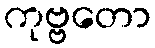
ကုဗ္ဗတော